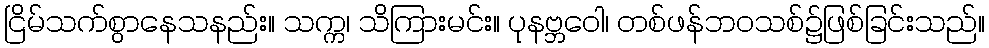
ငြိမ်သက်စွာနေသနည်း။ သက္က၊ သိကြားမင်း။ ပုနဗ္ဘဝေါ၊ တစ်ဖန်ဘဝသစ်၌ဖြစ်ခြင်းသည်။